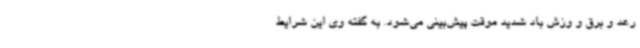
رعد و برق و وزش باد شدید موقت پیش‌بینی می‌شود. به گفته وی این شرایط